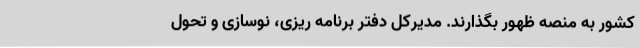
کشور به منصه ظهور بگذارند. مدیرکل دفتر برنامه ریزی، نوسازی و تحول